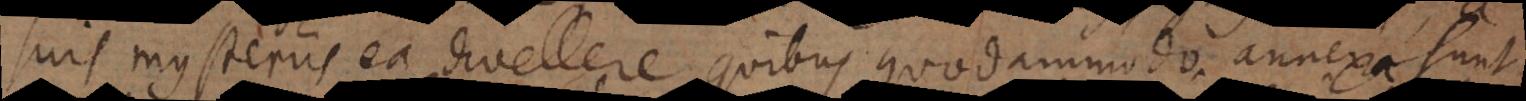
suis mysteriis ea divellere quibus quodammodo annexa sunt,